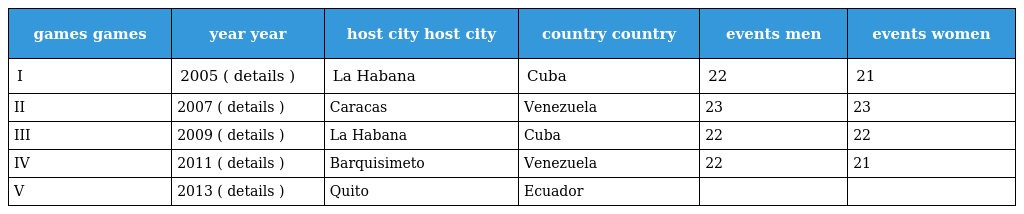
| games games | year year | host city host city | country country | events men | events women |
 | --- | --- | --- | --- | --- | --- |
 | I | 2005 ( details ) | La Habana | Cuba | 22 | 21 |
 | II | 2007 ( details ) | Caracas | Venezuela | 23 | 23 |
 | III | 2009 ( details ) | La Habana | Cuba | 22 | 22 |
 | IV | 2011 ( details ) | Barquisimeto | Venezuela | 22 | 21 |
 | V | 2013 ( details ) | Quito | Ecuador |  |  |